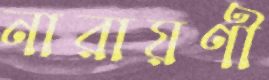
নারায়ণী